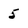
Character: 5